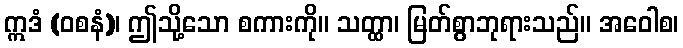
ဣဒံ (ဝစနံ)၊ ဤသို့သော စကားကို။ သတ္ထာ၊ မြတ်စွာဘုရားသည်။ အဝေါစ၊